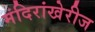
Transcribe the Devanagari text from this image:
मंदिरांखेरीज